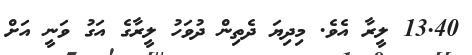
13.40 ލީރާ އެވެ. މިދިޔަ ދެތިން ދުވަހު ލީރާގެ އަގު ވަނީ އަށް